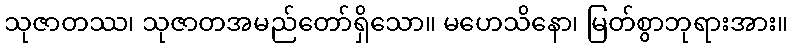
သုဇာတဿ၊ သုဇာတအမည်တော်ရှိသော။ မဟေသိနော၊ မြတ်စွာဘုရားအား။